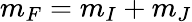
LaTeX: m_{F}=m_{I}+m_{J}